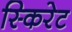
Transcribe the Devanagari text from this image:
स्किरेट